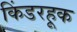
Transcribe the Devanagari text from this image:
किंडरहूक